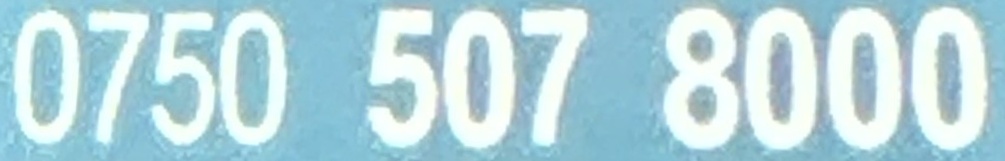
0750 507 8000